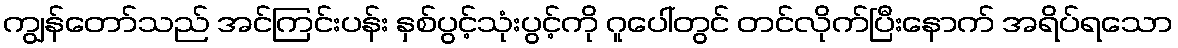
ကျွန်တော်သည် အင်ကြင်းပန်း နှစ်ပွင့်သုံးပွင့်ကို ဂူပေါ်တွင် တင်လိုက်ပြီးနောက် အရိပ်ရသော